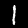
Digit: 1